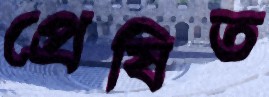
প্রেষিত